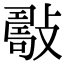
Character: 𢿟